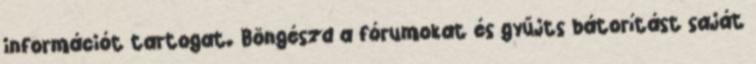
információt tartogat. Böngészd a fórumokat és gyűjts bátorítást saját